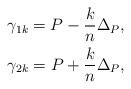
LaTeX: \begin{align*}\gamma_{1k} = P - \frac{k}{n}\Delta_P, \\\gamma_{2k} = P + \frac{k}{n}\Delta_P, \end{align*}